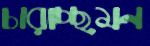
চারাচ্ছমন